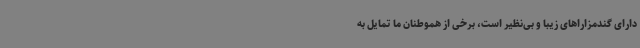
دارای گندمزاراهای زیبا و بی‌نظیر است، برخی از هموطنان ما تمایل به